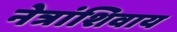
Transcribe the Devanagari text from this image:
नेत्रांशिवाय